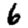
Digit: 6